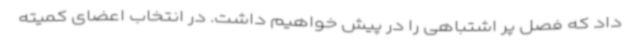
داد که فصل پر اشتباهی را در پیش خواهیم داشت. در انتخاب اعضای کمیته